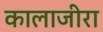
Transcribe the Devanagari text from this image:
कालाजीरा